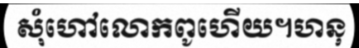
សុំហៅលោកពូហើយ។ហនុ